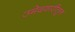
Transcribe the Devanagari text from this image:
उमेदवारीतून